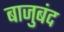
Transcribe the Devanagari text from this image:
बाजुबंद